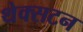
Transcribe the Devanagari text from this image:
थेक्सटन